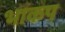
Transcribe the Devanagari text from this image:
भाकप